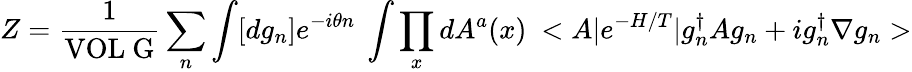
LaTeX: Z=\frac{1}{\mathrm{VOL~G}}\sum_{n}\int[dg_{n}]e^{-i\theta n}~\int\prod_{x}dA^{a}(x)~<A\vert e^{-H/T}\vert g_{n}^{\dagger}Ag_{n}+ig_{n}^{\dagger}\nabla g_{n}>